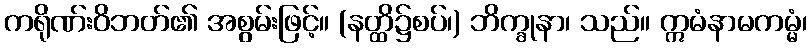
ကရိုဏ်းဝိဘတ်၏ အစွမ်းဖြင့်။ (နတ္ထိ၌စပ်၊) ဘိက္ခုနာ၊ သည်။ ဣမံနာမကမ္မံ၊